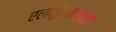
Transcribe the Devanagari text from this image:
एलकुंचवारांची